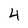
Character: 4